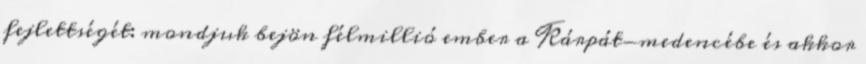
fejlettségét: mondjuk bejön félmillió ember a Kárpát-medencébe és akkor